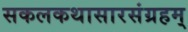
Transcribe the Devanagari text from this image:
सकलकथासारसंग्रहम्